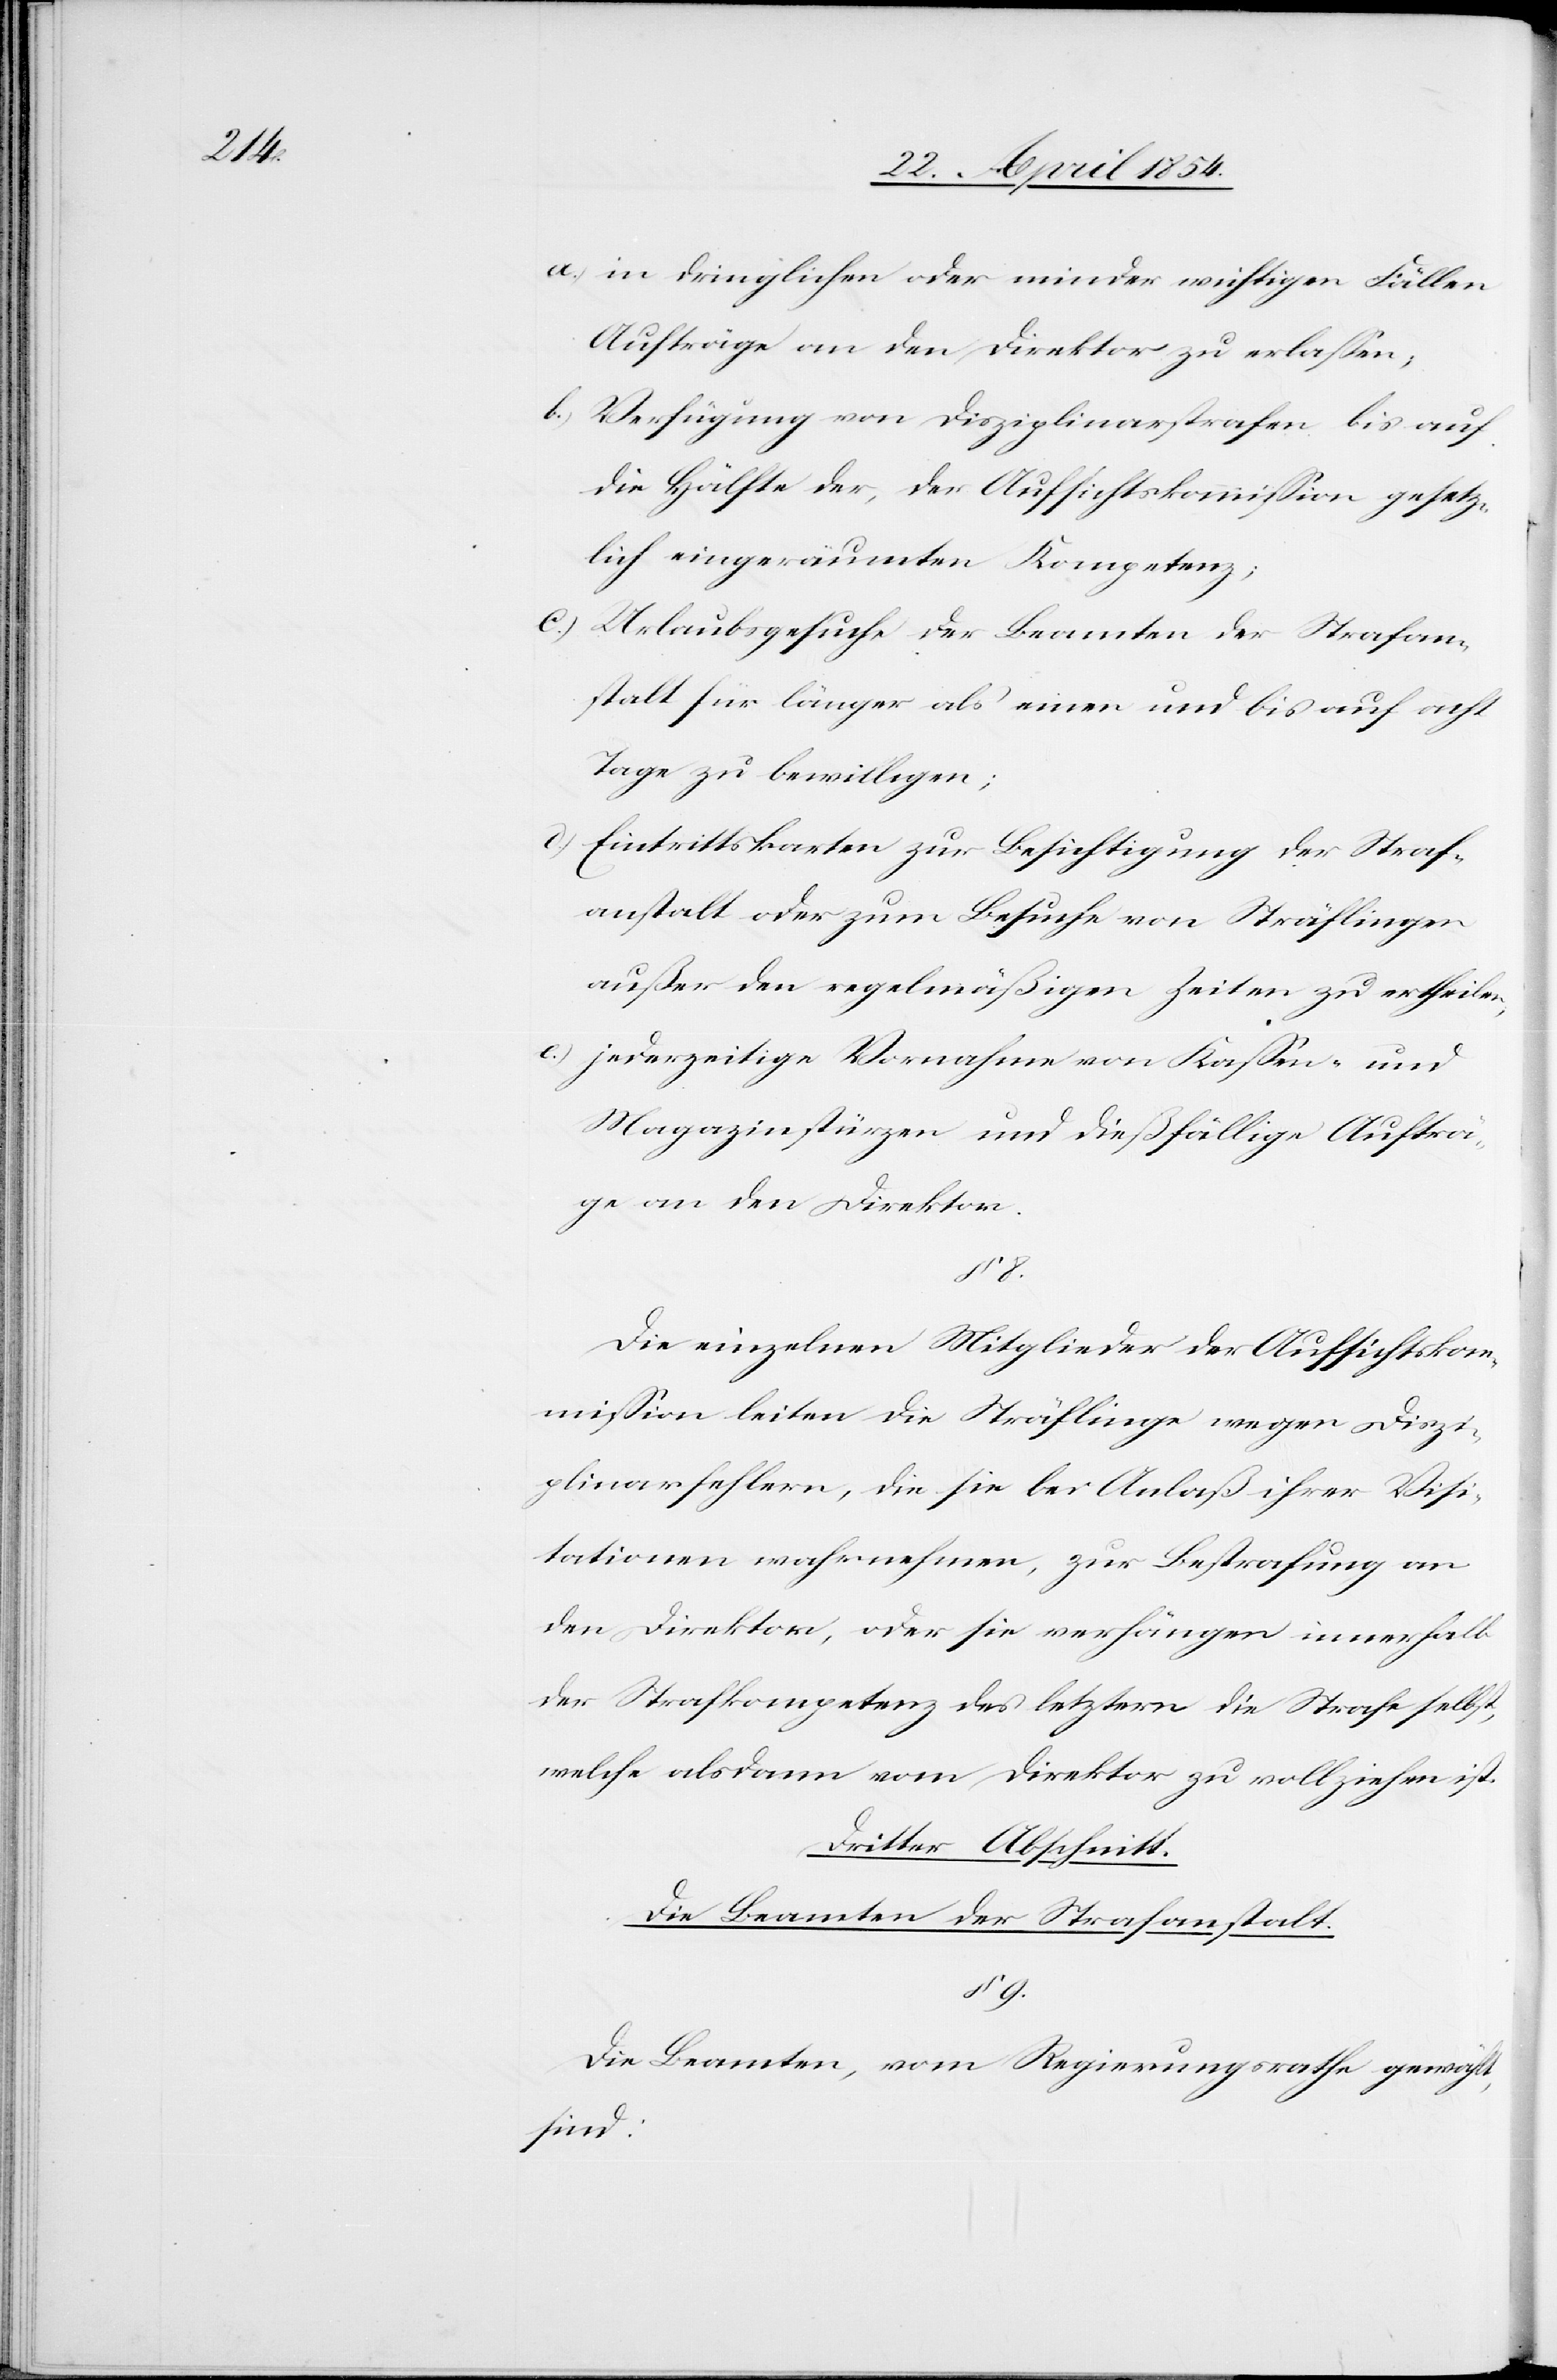
8.

a.) in dringlichen oder minder wichtigen Fällen
Aufträge an den Direktor zu erlaßen;
b.) Verfügung von Disziplinarstrafen bis auf
die Hälfe der, der Aufsichtskommißion gesetz¬
lich eingeräumten Kompetenz;
c.) Urlaubsgesuche der Beamten der Strafan¬
stalt für länger als einen oder bis auf acht
Tage zu bewilligen;
d.) Eintrittskarten zur Besichtigung der Straf¬
anstalt oder zum Besuche von Sträflingen
außer den regelmäßigen Zeiten zu ertheilen;
e.) jederzeitige Vornahme von Kaßen- und
Magazinstürzen und die dießfällige Aufträ¬
ge an den Direktor.
Die einzelnen Mitglieder der Aufsichtskom¬
mißion leiten die Sträflinge wegen Diszi¬
plinarfehlern, die sie bei Anlaß ihrer Visi¬
tationen wahrnehmen, zur Bestrafung an
den Direktor, oder sie verhängen innerhalb
der Strafkompetenz des letztern die Strafe selbst,
welche alsdann vom Direktor zu vollziehen ist.
Dritter Abschnitt.
Die Beamten der Strafanstalt.
§ 9.
Die Beamten, vom Regierungsrathe gewählt,
sind: